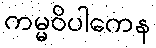
ကမ္မဝိပါကေန